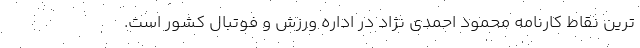
ترین نقاط کارنامه محمود احمدی نژاد در اداره ورزش و فوتبال کشور است.